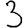
Digit: 3